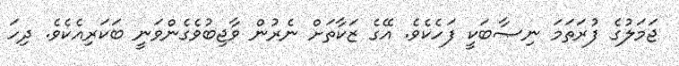
ޖަމަލުގެ ފުރަތަމަ ނިޞާބަކީ ފަހެކެވެ. އޭގެ ޒަކާތަށް ނެރުން ވާޖިބުވެގެންވަނީ ބަކަރިއެކެވެ. ދިހަ